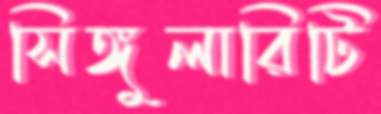
সিঙ্গুলারিটি